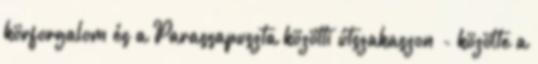
körforgalom és a Parassapuszta közötti útszakaszon - közölte a